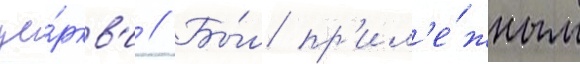
це́ркв'и // Бы́л пр'ил'е́жным